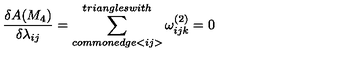
\frac { \delta A ( M _ { 4 } ) } { \delta \lambda _ { i j } } = \sum _ { c o m m o n e d g e < i j > } ^ { t r i a n g l e s w i t h } \omega _ { i j k } ^ { ( 2 ) } = 0